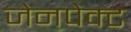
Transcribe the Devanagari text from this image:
जेनपेक्ट